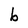
Character: b